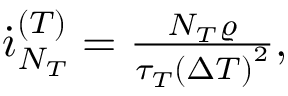
\begin{array} { r } { \dot { \i } _ { N _ { T } } ^ { ( T ) } = \frac { N _ { T } \varrho } { \tau _ { T } \left( \Delta T \right) ^ { 2 } } , } \end{array}